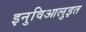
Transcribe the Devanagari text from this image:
इनुविआलुइत